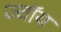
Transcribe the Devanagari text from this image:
ज्वॉय